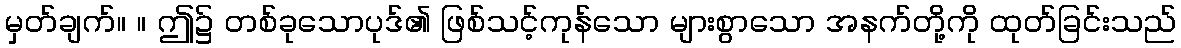
မှတ်ချက်။ ။ ဤ၌ တစ်ခုသောပုဒ်၏ ဖြစ်သင့်ကုန်သော များစွာသော အနက်တို့ကို ထုတ်ခြင်းသည်